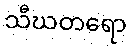
သီဃတရော